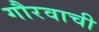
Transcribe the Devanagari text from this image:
गौरवाची